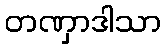
တဏှာဒါသာ